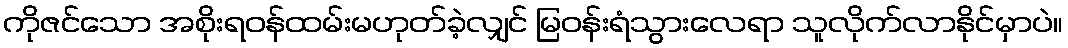
ကိုဇင်သော အစိုးရဝန်ထမ်းမဟုတ်ခဲ့လျှင် မြဝန်းရံသွားလေရာ သူလိုက်လာနိုင်မှာပဲ။